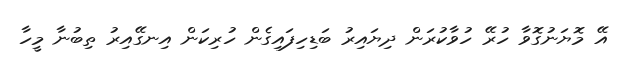
އޭ މޮޔަނުގޮވާ ހުރޭ ހުވާކުރަން ދިޔައިރު ބަޑިހިފައިގެން ހުރިކަން އިނގޭއިރު ތިބުނާ މީހާ